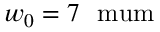
w _ { 0 } = 7 \ \mathrm { \ m u m }